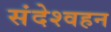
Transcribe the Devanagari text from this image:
संदेश्वहन